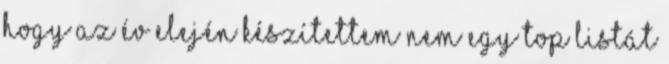
hogy az év elején készítettem nem egy Top listát